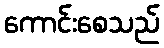
ကောင်းစေသည်